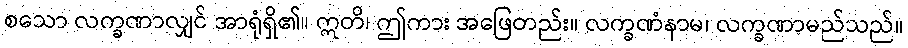
စသော လက္ခဏာလျှင် အာရုံရှိ၏။ ဣတိ၊ ဤကား အဖြေတည်း။ လက္ခဏံနာမ၊ လက္ခဏာမည်သည်။